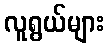
လူရွယ်များ